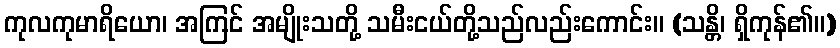
ကုလကုမာရိယော၊ အကြင် အမျိုးသတို့ သမီးငယ်တို့သည်လည်းကောင်း။ (သန္တိ၊ ရှိကုန်၏။)